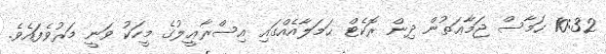
10:32 ހަމާސް ޖަމާޢަތުން ދިން ރޮކެޓް ޙަމަލާއެއްގައި އިސްރާޢީލުގެ މީހަކު ވަނީ މަރުވެފައެވެ.